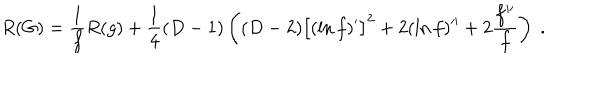
LaTeX: R ( G ) = \frac { 1 } { f } R ( g ) + \frac { 1 } { 4 } ( D - 1 ) \left( ( D - 2 ) \big [ ( \ln f ) ^ { \prime } \big ] ^ { 2 } + 2 ( \ln f ) ^ { \prime \prime } + 2 \frac { f ^ { \prime \prime } } { f } \right) \; .